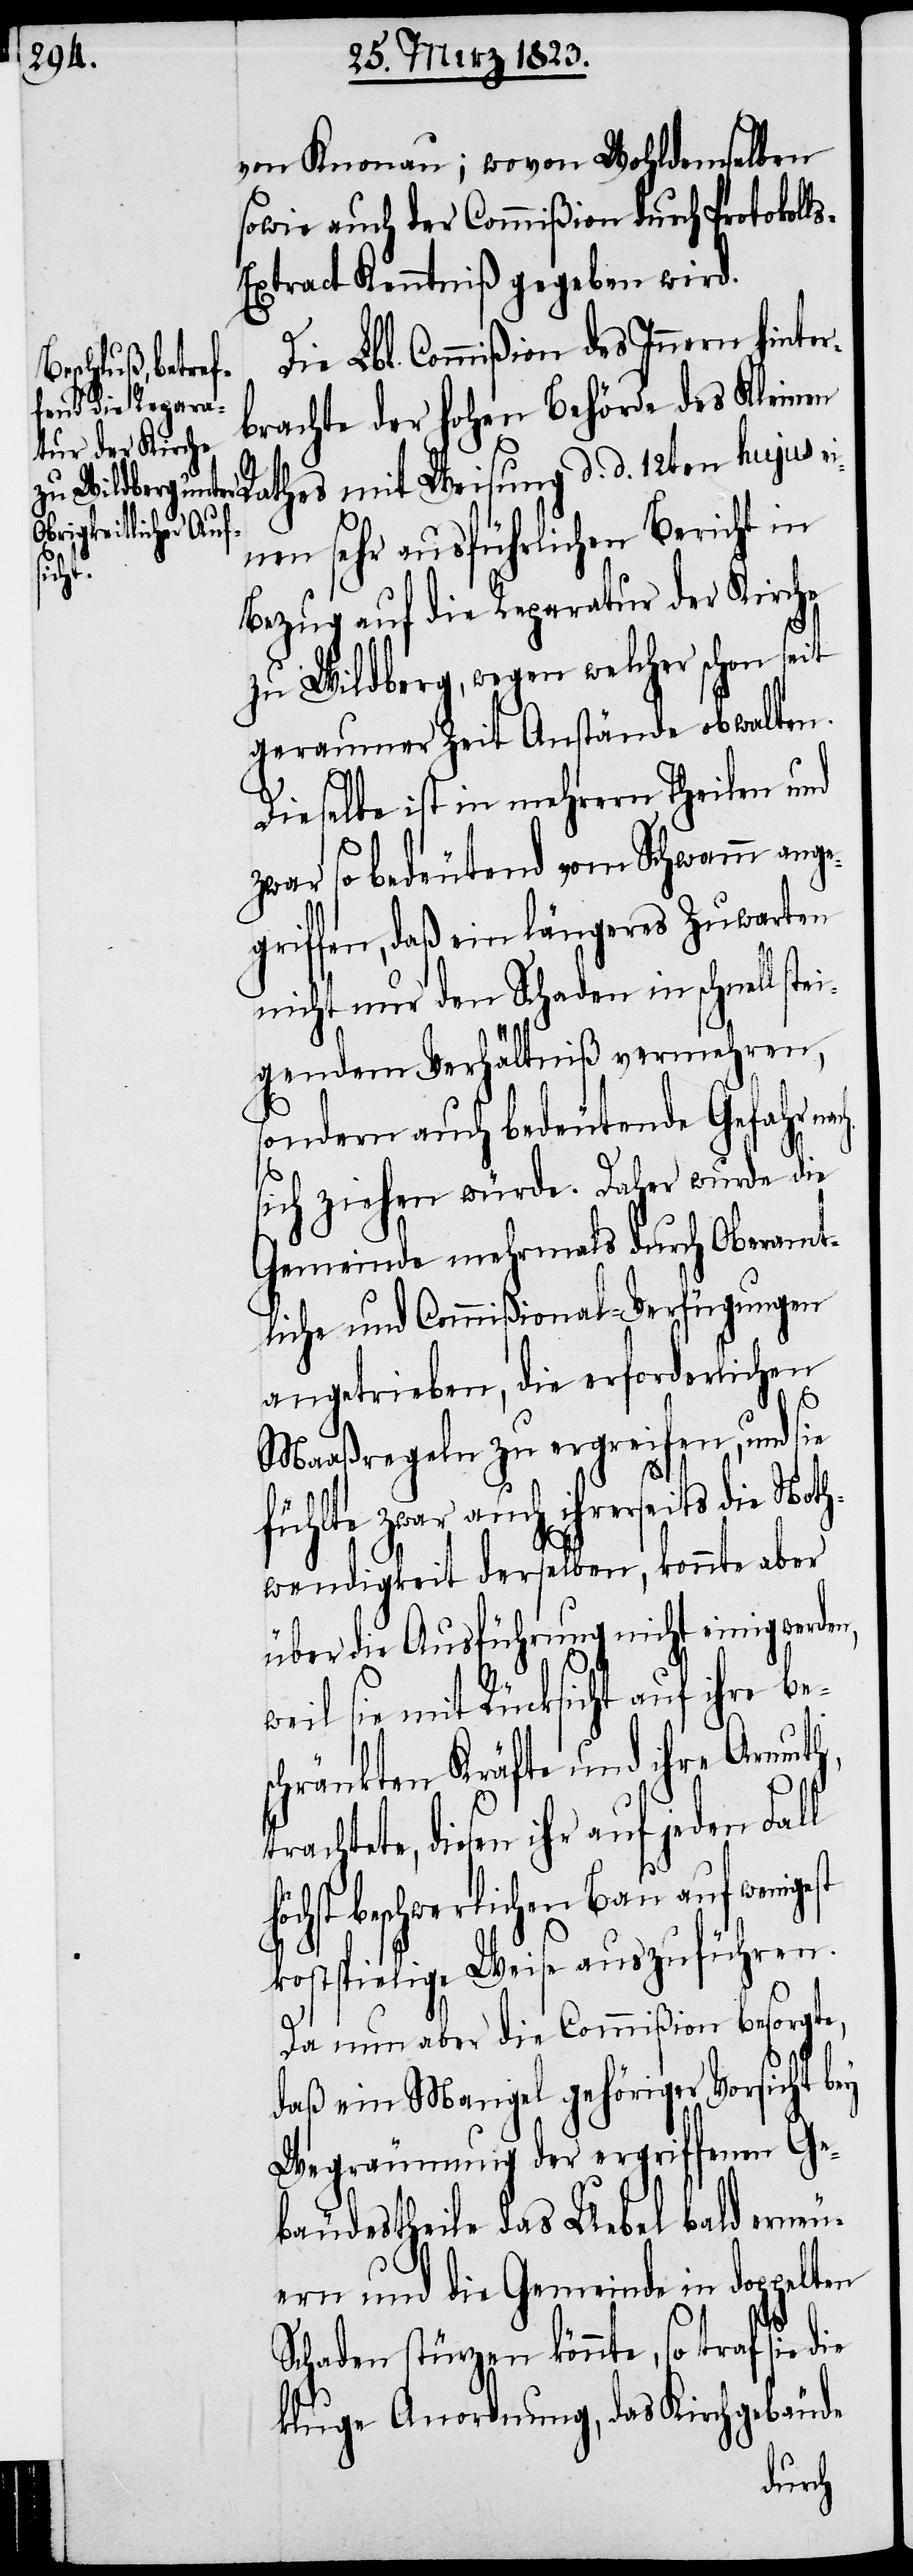
von Knonau; wovon Wohldemselben
sowie auch der Commißion durch Protokoll¬
s-Extract Kenntniß gegeben wird.
Die Lbl. Commißion des Innern hinter¬
brachte der hohen Behörde des Klein¬
en Rathes mit Weisung d. d. 12ten hujus ei¬
nen sehr ausführlichen Bericht in
höch¬
Bezug auf die Reparatur der Kirche
zu Wildberg, wegen welcher schon seit
geraumer Zeit Anstände obwalten.
Dieselbe ist in mehrern Theilen und
zwar so bedeutend vom Schwamm ange¬
griffen, daß ein längeres Zuwarten
nicht nur den Schaden in schnell
gendem Verhältniß vermehren,
sondern auch bedeutende Gefahr na¬
sich ziehen würde. Daher wurde die
Gemeinde mehrmals durch Oberamt¬
liche und Commißional-Verfügungen
angetrieben, die erforderlichen
Maaßregeln zu ergreifen, und sie
fühlte zwar auch ihrerseits die Not¬
hwendigkeit derselben, konnte aber
über die Ausführung nicht einig werden,
weil sie mit Rücksicht auf ihre be¬
schränkten Kräfte und ihre Armuth,
trachtete, diesen ihr auf jeden Fall
st beschwerlichen Bau auf
kostspielige Weise auszuführen.
Da nun aber die Commißion besorgte,
daß ein Mangel gehöriger Vorsicht bey
Wegräumung der ergriffenen Ge¬
bäudestheile das Uebel bald erneu¬
ern und die Gemeinde in doppelten
Schaden stürzen könnte, so traf sie die
kluge Anordnung, das Kirchgebäude